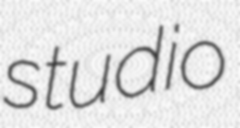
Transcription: studio